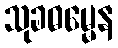
သုခဓမ္မေန